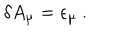
LaTeX: \delta A _ { \mu } = \epsilon _ { \mu } \ .